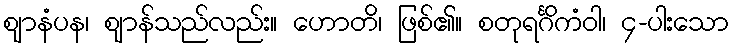
ဈာနံပန၊ ဈာန်သည်လည်း။ ဟောတိ၊ ဖြစ်၏။ စတုရင်္ဂိကံဝါ၊ ၄-ပါးသော